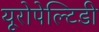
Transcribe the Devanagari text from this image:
यूरोपेल्टिडी